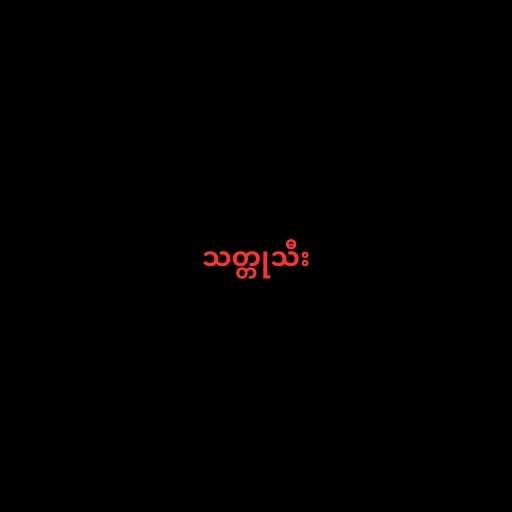
သတ္တုသီး